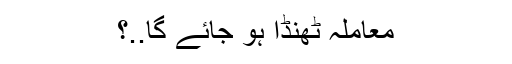
معاملہ ٹھنڈا ہو جائے گا..؟